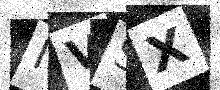
Text: IVSX